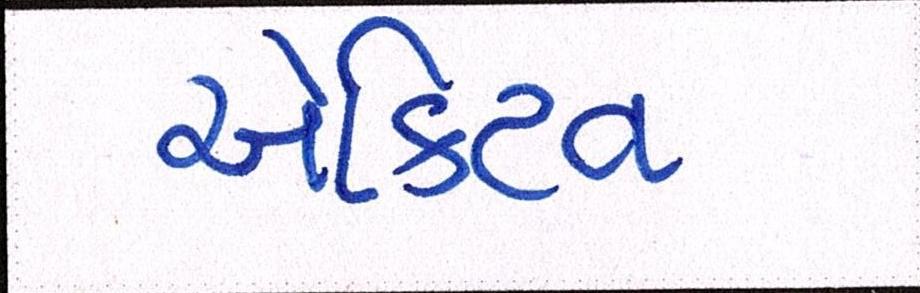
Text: એક્ટિવ